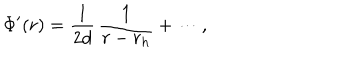
LaTeX: \Phi ^ { \prime } ( r ) = { \frac { 1 } { 2 d } } \, { \frac { 1 } { r - r _ { h } } } + \cdots ,